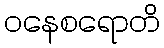
ဝနေစရောတိ